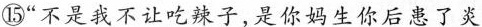
⑮“不是我不让吃辣子，是你妈生你后患了炎